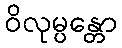
ဝိလုမ္ပန္တော